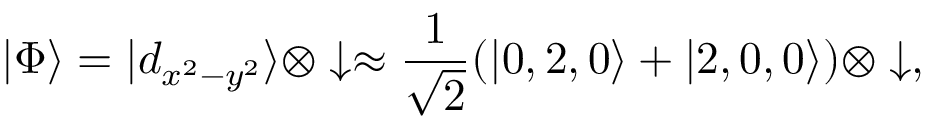
| \Phi \rangle = | d _ { x ^ { 2 } - y ^ { 2 } } \rangle \otimes \downarrow \approx \frac { 1 } { \sqrt { 2 } } ( | 0 , 2 , 0 \rangle + | 2 , 0 , 0 \rangle ) \otimes \downarrow ,